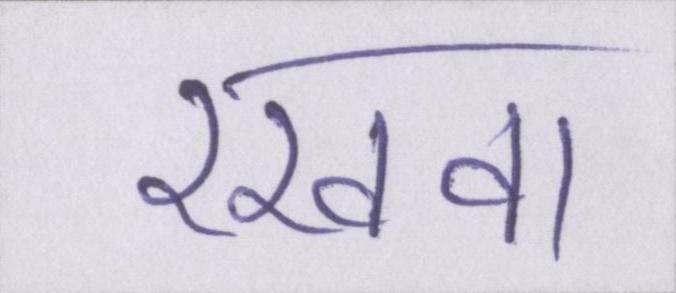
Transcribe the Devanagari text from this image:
रखवा